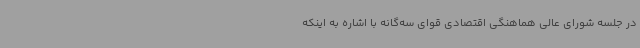
در جلسه شورای عالی هماهنگی اقتصادی قوای سه‌گانه با اشاره به اینکه